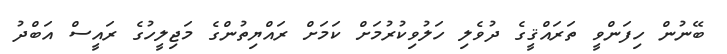
ބޭނުން ހިފަންވީ ތަރައްޤީގެ ދުވެލި ހަލުވިކުރުމަށް ކަމަށް ރައްޔިތުންގެ މަޖިލީހުގެ ރައީސް އަބްދު